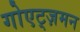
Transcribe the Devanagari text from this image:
गोएट्ज़मन